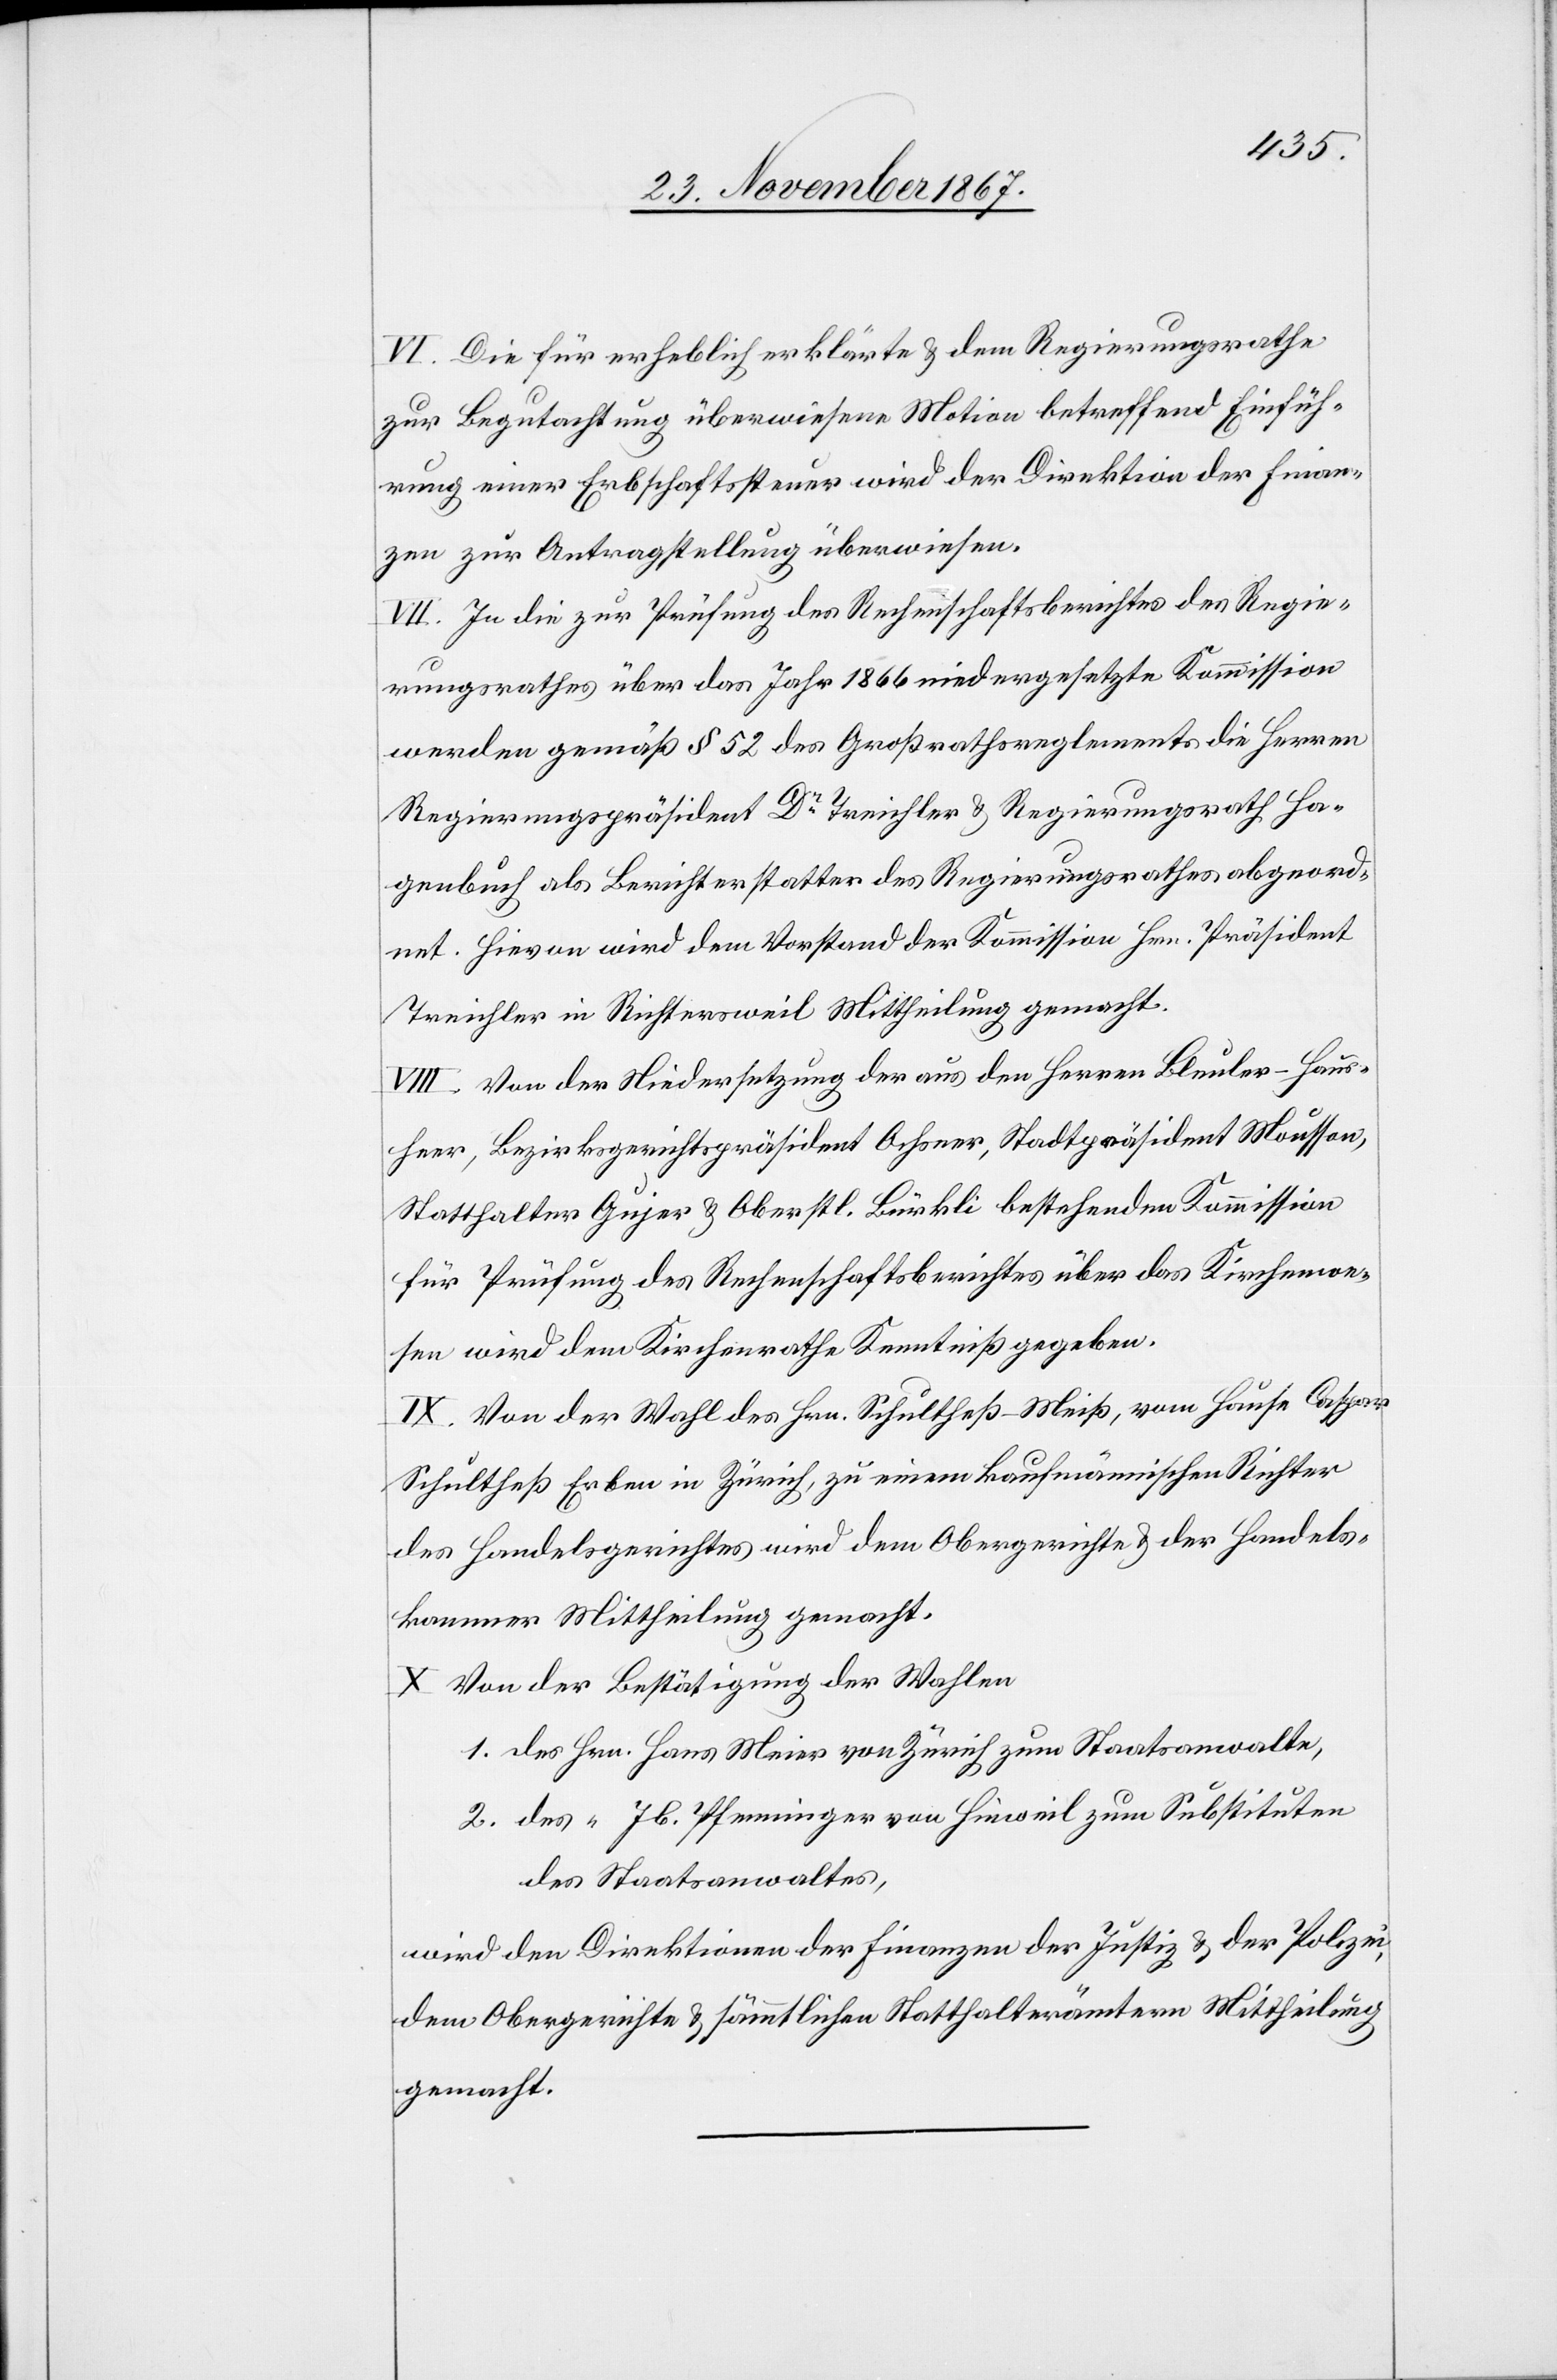
VI. Die für erheblich erklärte u. dem Regierungsrathe
zur Begutachtung überwiesene Motion betreffend Einfüh¬
rung einer Erbschaftssteuer wird der Direktion der Finan¬
zen zur Antragstellung überwiesen.
VII. In die zur Prüfung des Rechenschaftsberichtes des Regie¬
rungsrathes über das Jahr 1866 niedergesetzte Kommission
werden gemäß § 52 des Großrathsreglements die Herren
Regierungspräsident Dr. Treichler u. Regierungsrath Ha¬
genbuch als Berichterstatter des Regierungsrathes abgeord¬
net. Hievon wird dem Vorstand der Kommission Hrn. Präsident
Treichler in Richtersweil Mittheilung gemacht.
VIII. Von der Niedersetzung der aus den Herren Bleuler-Haus¬
heer, Bezirksgerichtspräsident Ochsner, Stadtpräsident Mousson,
Statthalter Gujer u. Oberst Bürkli bestehenden Kommission
für Prüfung des Rechenschaftsberichtes über das Kirchenwe¬
sen wird dem Kirchenrathe Kenntniß gegeben.
IX. Von der Wahl des Hrn. Schulheß-Meiß, vom Hause Caspar
Schultheß Erben in Zürich, zu einem kaufmännischen Richter
des Handelsgerichtes wird dem Obergerichte u. der Handels¬
kammer Mittheilung gemacht.
X. Von der Bestätigung der Wahlen
1. des Hrn. Hans Meier von Zürich zum Staatsanwalte,
2. des “ Jb. Pfenninger von Hinweil zum Substituten
des Staatsanwaltes,
wird den Direktionen der Finanzen, der Justiz u. der Polizei,
dem Obergerichte u. sämmtlichen Statthalterämtern Mittheilung
gemacht.